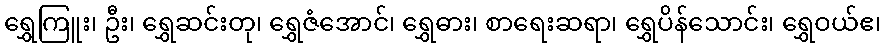
ရွှေကြူး၊ ဦး၊ ရွှေဆင်းတု၊ ရွှေဇံအောင်၊ ရွှေဓား၊ စာရေးဆရာ၊ ရွှေပိန်သောင်း၊ ရွှေဝယ်ဧ၊